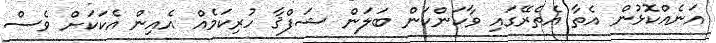
އަނެއްކޮޅުން އެތާ އެތެރޭގައި ވާކަންކަން ބަލަން ޝަފްޤާ ހުރިކަމެއް އެއިން އެކަކަށް ވެސް